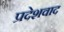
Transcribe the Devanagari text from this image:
प्रदेशवाद